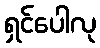
ရှင်ပေါလု